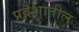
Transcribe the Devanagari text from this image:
प्रदॆशातील